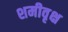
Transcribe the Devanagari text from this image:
शमीवृक्ष